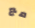
مع